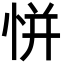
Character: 恲